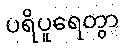
ပရိပူရေတွာ